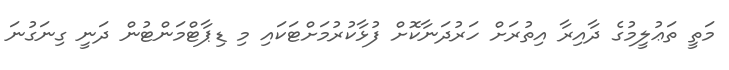
މަތީ ތަޢުލީމުގެ ދާއިރާ އިތުރަށް ހަރުދަނާކޮށް ފުޅާކުރުމަށްޓަކައި މި ޑިޕާޓްމަންޓުން ދަނީ ގިނަގުނަ